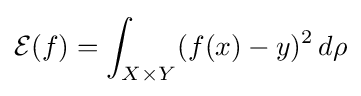
{\mathcal {E}}(f)=\int _{X\times Y}(f(x)-y)^{2}\,d\rho